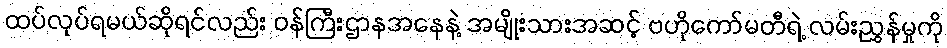
ထပ်လုပ်ရမယ်ဆိုရင်လည်း ဝန်ကြီးဌာနအနေနဲ့ အမျိုးသားအဆင့် ဗဟိုကော်မတီရဲ့ လမ်းညွှန်မှုကို